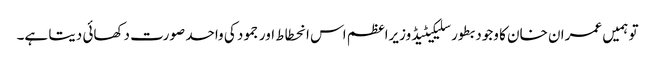
تو ہمیں عمران خان کا وجود بطور سلیکیٹیڈ وزیراعظم اس انحطاط اور جمود کی واحد صورت دکھائی دیتا ہے۔